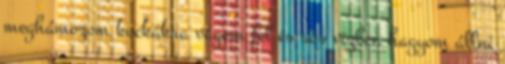
meghámozom kockákra vágom fel és sós vizben hagyom állni